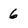
Character: 6